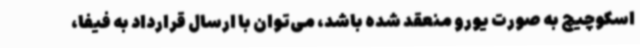
اسکوچیچ به صورت یورو منعقد شده باشد، می‌توان با ارسال قرارداد به فیفا،